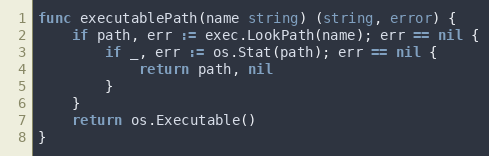
Language: Go
func executablePath(name string) (string, error) {
	if path, err := exec.LookPath(name); err == nil {
		if _, err := os.Stat(path); err == nil {
			return path, nil
		}
	}
	return os.Executable()
}